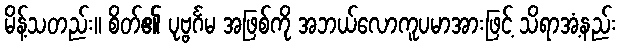
မိန့်သတည်း။ စိတ်၏ ပုဗ္ဗင်္ဂမ အဖြစ်ကို အဘယ်လောကူပမာအားဖြင့် သိရာအံ့နည်း